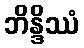
ဘိန္ဒိဿံ